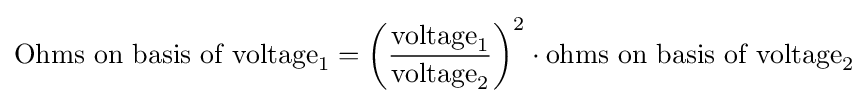
{\text{Ohms on basis of voltage}}_{1}=\left({\frac {{\text{voltage}}_{1}}{{\text{voltage}}_{2}}}\right)^{2}\cdot {\text{ohms on basis of voltage}}_{2}